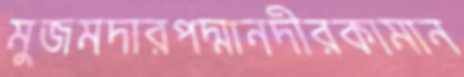
মুজমদারপদ্মানদীরকামান